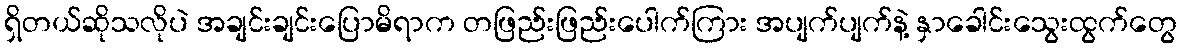
ရှိတယ်ဆိုသလိုပဲ အချင်းချင်းပြောမိရာက တဖြည်းဖြည်းပေါက်ကြား အပျက်ပျက်နဲ့ နှာခေါင်းသွေးထွက်တွေ